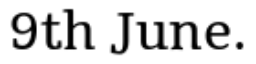
9th June.